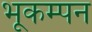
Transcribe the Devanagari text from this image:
भूकम्पन